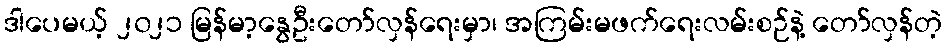
ဒါပေမယ့် ၂၀၂၁ မြန်မာ့နွေဦးတော်လှန်ရေးမှာ၊ အကြမ်းမဖက်ရေးလမ်းစဉ်နဲ့ တော်လှန်တဲ့